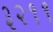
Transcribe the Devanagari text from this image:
३२११